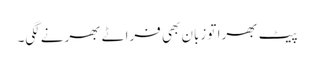
پیٹ بھرا تو زبان بھی فراٹے بھرنے لگی۔